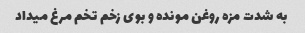
به شدت مزه روغن مونده و بوی زخم تخم مرغ میداد